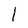
Character: l